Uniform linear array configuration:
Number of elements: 48
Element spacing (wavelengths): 0.75
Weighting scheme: blackman
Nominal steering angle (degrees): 30
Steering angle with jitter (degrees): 28.149
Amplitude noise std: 0.05
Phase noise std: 0.05

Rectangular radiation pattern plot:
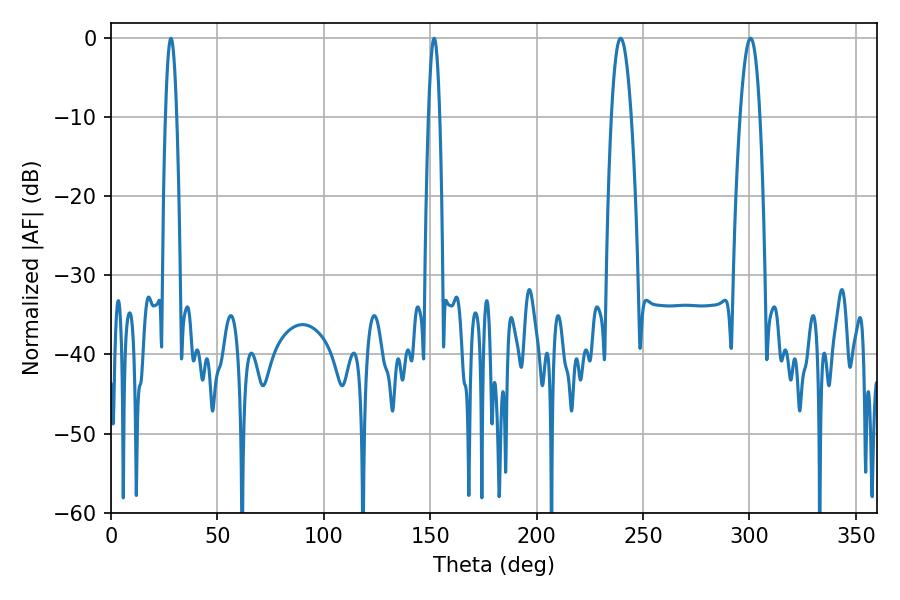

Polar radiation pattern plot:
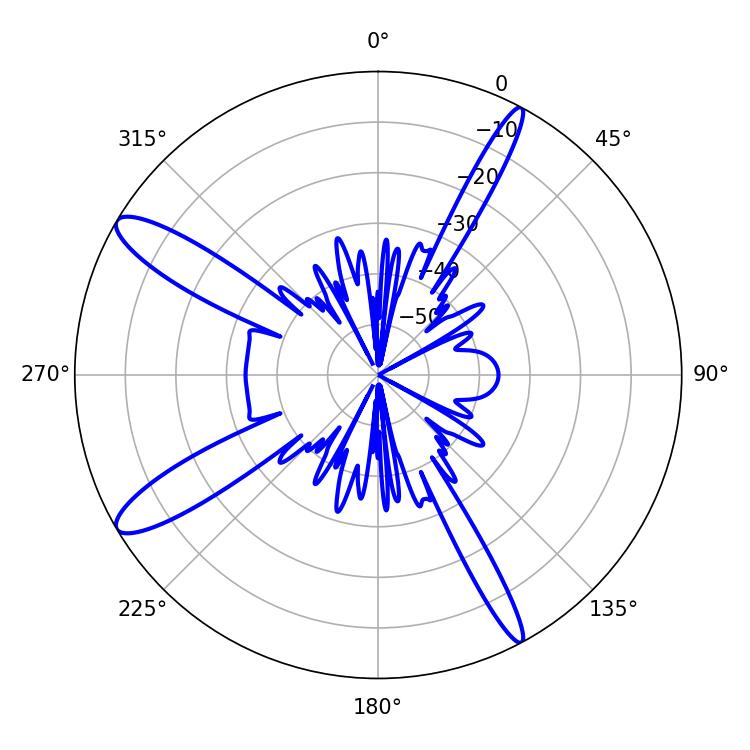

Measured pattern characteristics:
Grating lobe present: TRUE
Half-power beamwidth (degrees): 5.04
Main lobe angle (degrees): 239.4